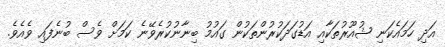
އަދި ހަމައެކަނި ޝުއޫރުތަކާއި އަޑުގަދަކުރުންތަކުން ގައުމު ބިނާނުކުރެވޭނެ ކަމަށް ވެސް ބުނެފައި ވެއެވެ.